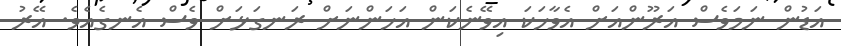
އަޑުން ނަމަވެސް އަރޫންއަށް އެވާހަކަ އިވޭނެކަން އަހަންނަށް ރަނގަޅަށް ވެސް އެނގެއެވެ. އޭރު